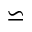
\backsimeq